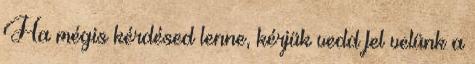
Ha mégis kérdésed lenne, kérjük vedd fel velünk a